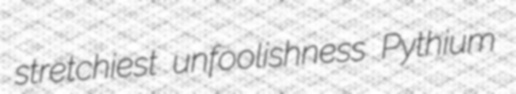
stretchiest unfoolishness Pythium